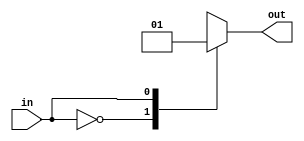
module sensor(in,out);
output out;
input in;
reg out;
always @(in)
begin
case(in)
1'b0:out=1'b0;
1'b1:out=1'b1;
endcase 
end
endmodule